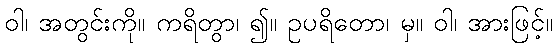
ဝါ၊ အတွင်းကို။ ကရိတွာ၊ ၍။ ဥပရိတော၊ မှ။ ဝါ၊ အားဖြင့်။